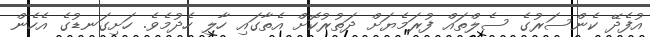
އުފެދޭ ކެންސަރުގެ ސެލްތައް ފުރަމެޔަށް ދަތުރުކޮށް އެތާގައި ހާލި ހެދުމެވެ. ހަށިގަނޑުގެ އެހެން